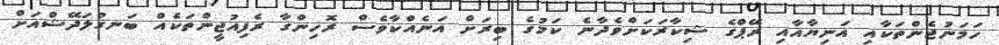
ހަމަނުޖެންތަކާއި އަނިޔާއާއި ރޭޕްގެ ޝިކާރަކަށްވެދާނެ ކަމުގެ ބިރަށް އަނެއްކާވެސް ރޮހިންގާ ރެފިއުޖީންތަކެއް ބަނގުލަދޭޝްއަށް